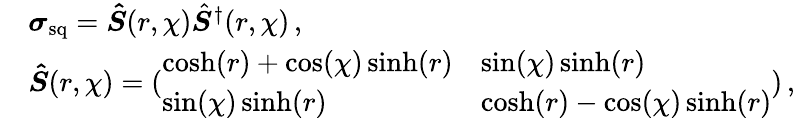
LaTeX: \begin{array}{rl}&{\boldsymbol{\sigma}_{\mathrm{sq}}=\boldsymbol{\hat{S}}(r,\chi)\hat{\boldsymbol{S}}^{\dagger}(r,\chi)\, ,}\\ &{\boldsymbol{\hat{S}}(r,\chi)=(\begin{array}{ll}{\cosh(r)+\cos(\chi)\sinh(r)}&{\sin(\chi)\sinh(r)}\\ {\sin(\chi)\sinh(r)}&{\cosh(r)-\cos(\chi)\sinh(r)}\end{array})\, ,}\end{array}